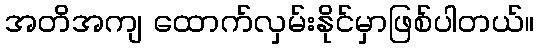
အတိအကျ ထောက်လှမ်းနိုင်မှာဖြစ်ပါတယ်။